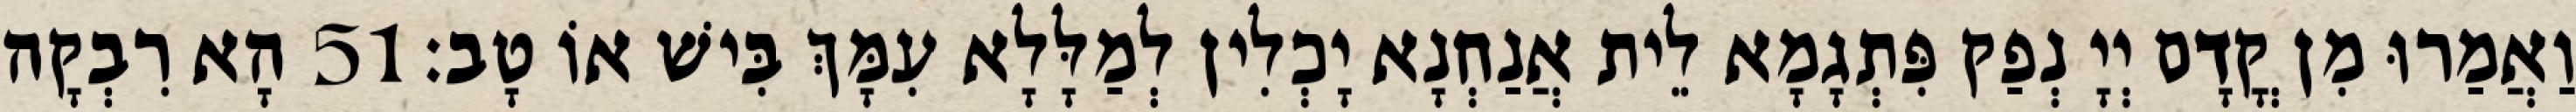
וַאֲמַרוּ מִן קֳדָם יְיָ נְפַק פִּתְגָמָא לֵית אֲנַחְנָא יָכְלִין לְמַלָּלָא עִמָּךְ בִּישׁ אוֹ טָב׃ 51 הָא רִבְקָה